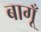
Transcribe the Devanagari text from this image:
बागूँ